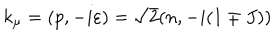
LaTeX: k _ { \mu } = ( p , - i \varepsilon ) = \sqrt { 2 } ( n , - i ( 1 \mp J ) )